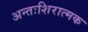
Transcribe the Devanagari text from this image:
अन्तःशिरात्मक